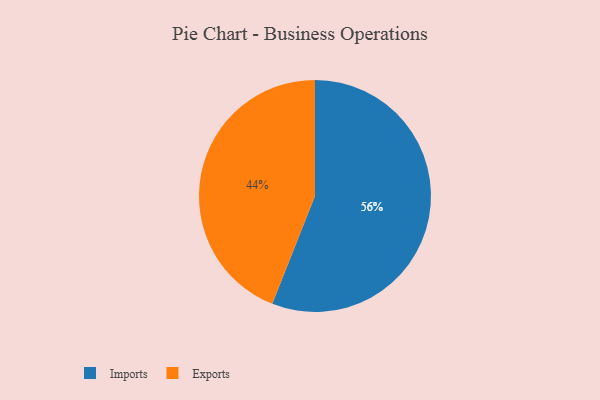
{"axis": {"x": "Category", "y": "Percentage"}, "legend": ["Exports", "Imports"], "data": [{"x": "Exports", "y": 44, "type": "Exports"}, {"x": "Imports", "y": 56, "type": "Imports"}]}